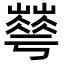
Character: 𡾀